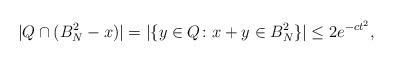
LaTeX: \begin{align*}|Q\cap(B^2_N-x)|=|\{y\in Q\colon x+y\in B^2_N\}|\le 2e^{-ct^2},\end{align*}